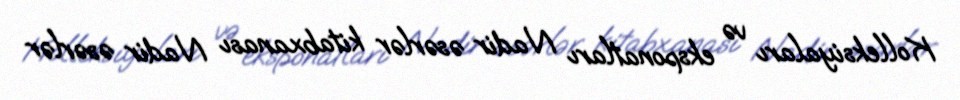
Kolleksiyaları və eksponatları Nadir əsərlər kitabxanası Nadir əsərlər